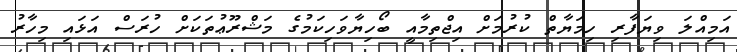
އަމިއްލަ ވިޔަފާރި ހިމަޔާތް ކުރުމަށް އިޖްތިމާއީ ބޯހިޔާވަހިކަމުގެ މަޝްރޫޢުތަކަށް ހުރަސް އަޅައި މިހާރު